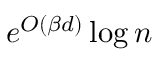
e ^ { O ( \beta d ) } \log { n }